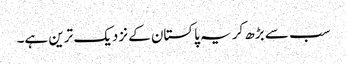
سب سے بڑھ کر یہ پاکستان کے نزدیک ترین ہے۔